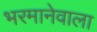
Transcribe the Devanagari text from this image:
भरमानेवाला